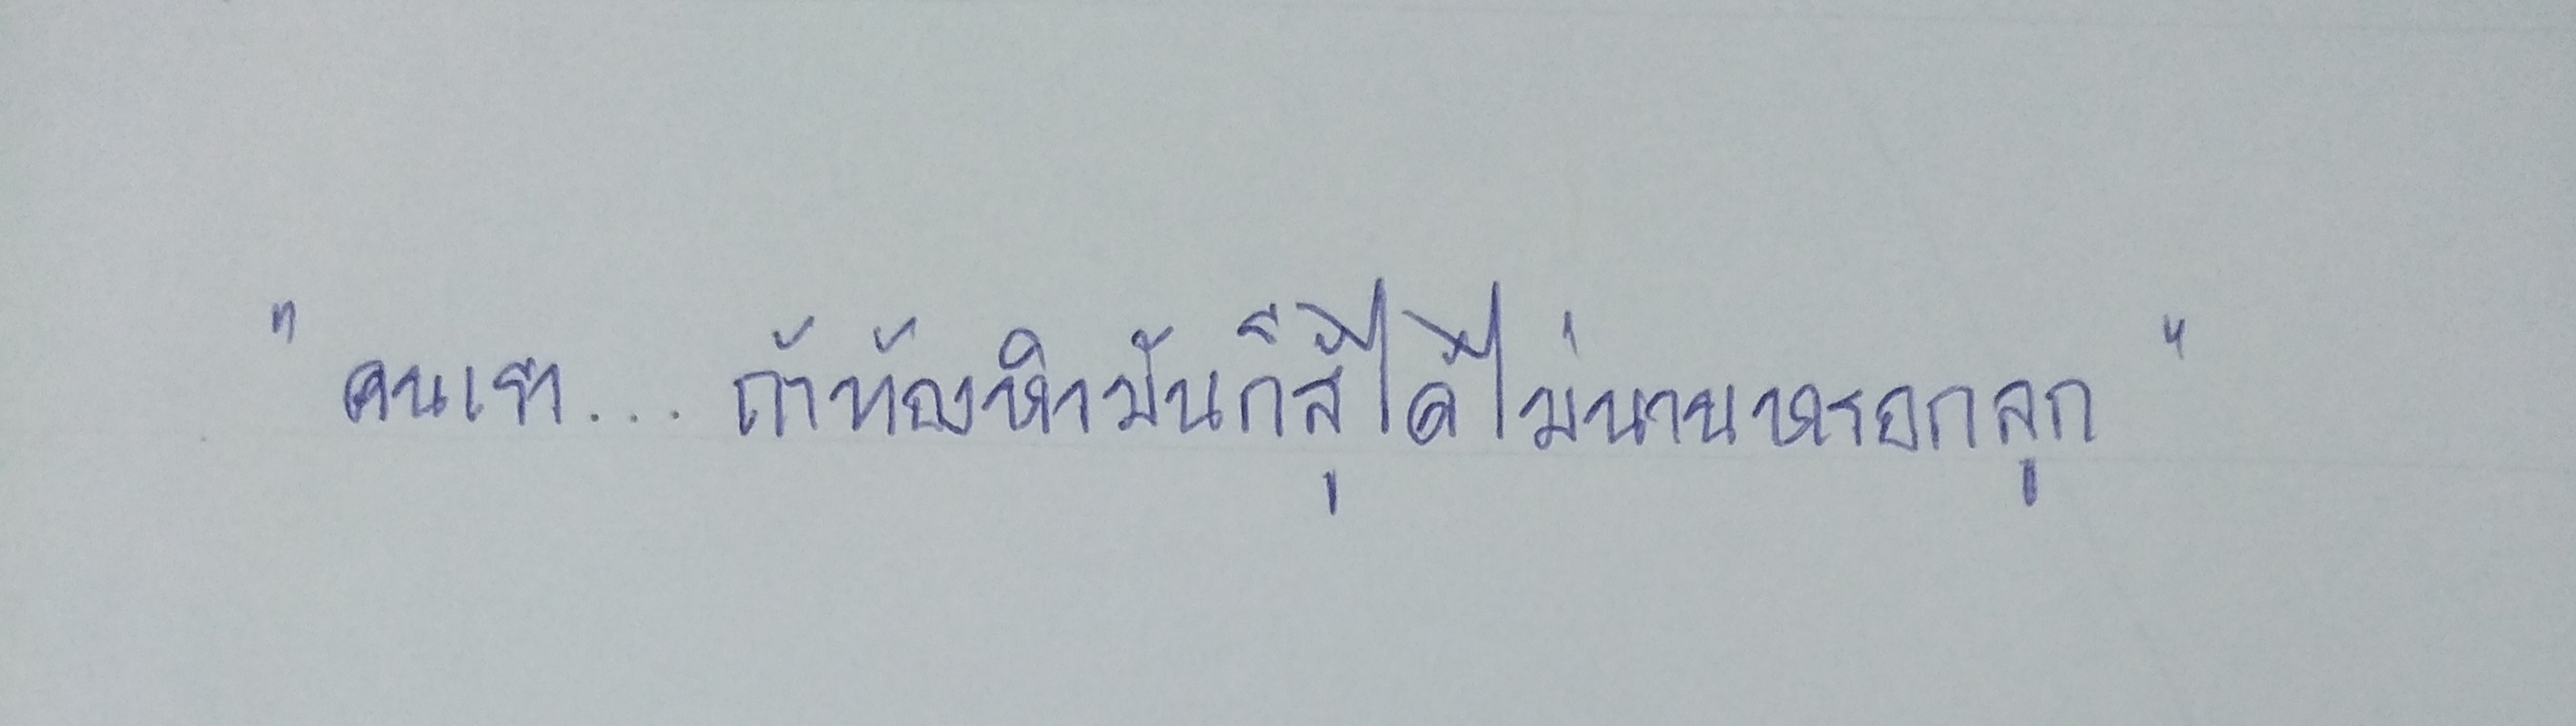
"คนเรา...ถ้าท้องหิวมันก็สู้ไม่ได้นานหรอกลูก"